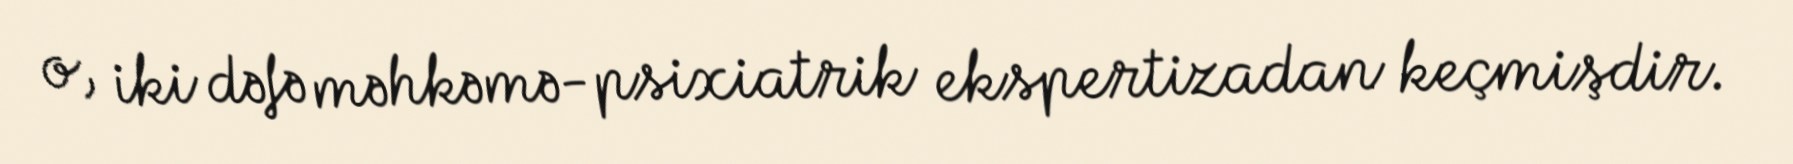
o, iki dəfə məhkəmə-psixiatrik ekspertizadan keçmişdir.